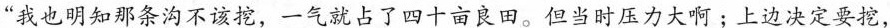
“我也明知那条沟不该挖，一气就占了四十亩良田。但当时压力大啊：上边决定要挖，